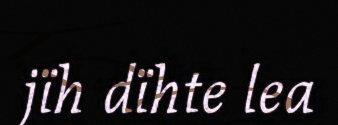
jïh dïhte lea